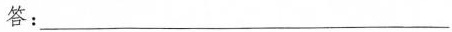
答：___